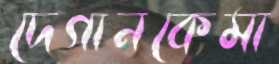
দেগানকেমা